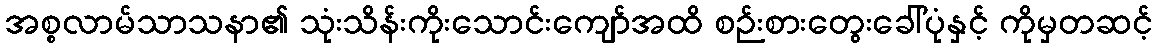
အစ္စလာမ်သာသနာ၏ သုံးသိန်းကိုးသောင်းကျော်အထိ စဉ်းစားတွေးခေါ်ပုံနှင့် ကိုမှတဆင့်